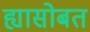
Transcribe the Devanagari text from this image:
ह्यासोबत